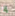
إذا